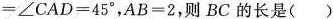
= ∠ C A D = 4 5 °$$，$$A B = 2$$，则BC的长是()